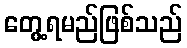
တွေ့ရမည်ဖြစ်သည်